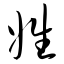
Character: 姓